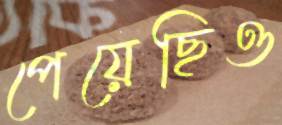
পেয়েছিও